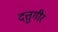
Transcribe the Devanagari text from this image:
दत्तुगीर